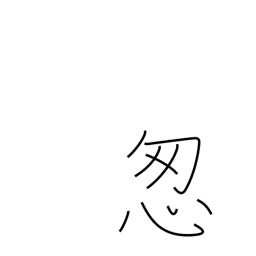
Meaning: hurry